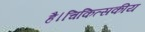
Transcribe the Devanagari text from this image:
है।चिकित्सकीय